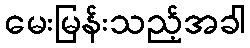
မေးမြန်းသည့်အခါ